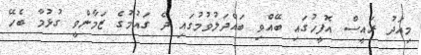
މިއަދު ރައީސް އޮފީހުގައި ބޭއްވި ބައްދަލުވުމުގައި ދެ ގައުމުގެ ޒަމާންވީ ގުޅުމާ ބެހޭ